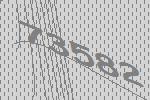
73582